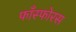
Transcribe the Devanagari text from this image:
फाँस्फोरस